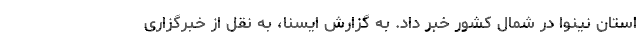
استان نینوا در شمال کشور خبر داد. به گزارش ایسنا، به نقل از خبرگزاری